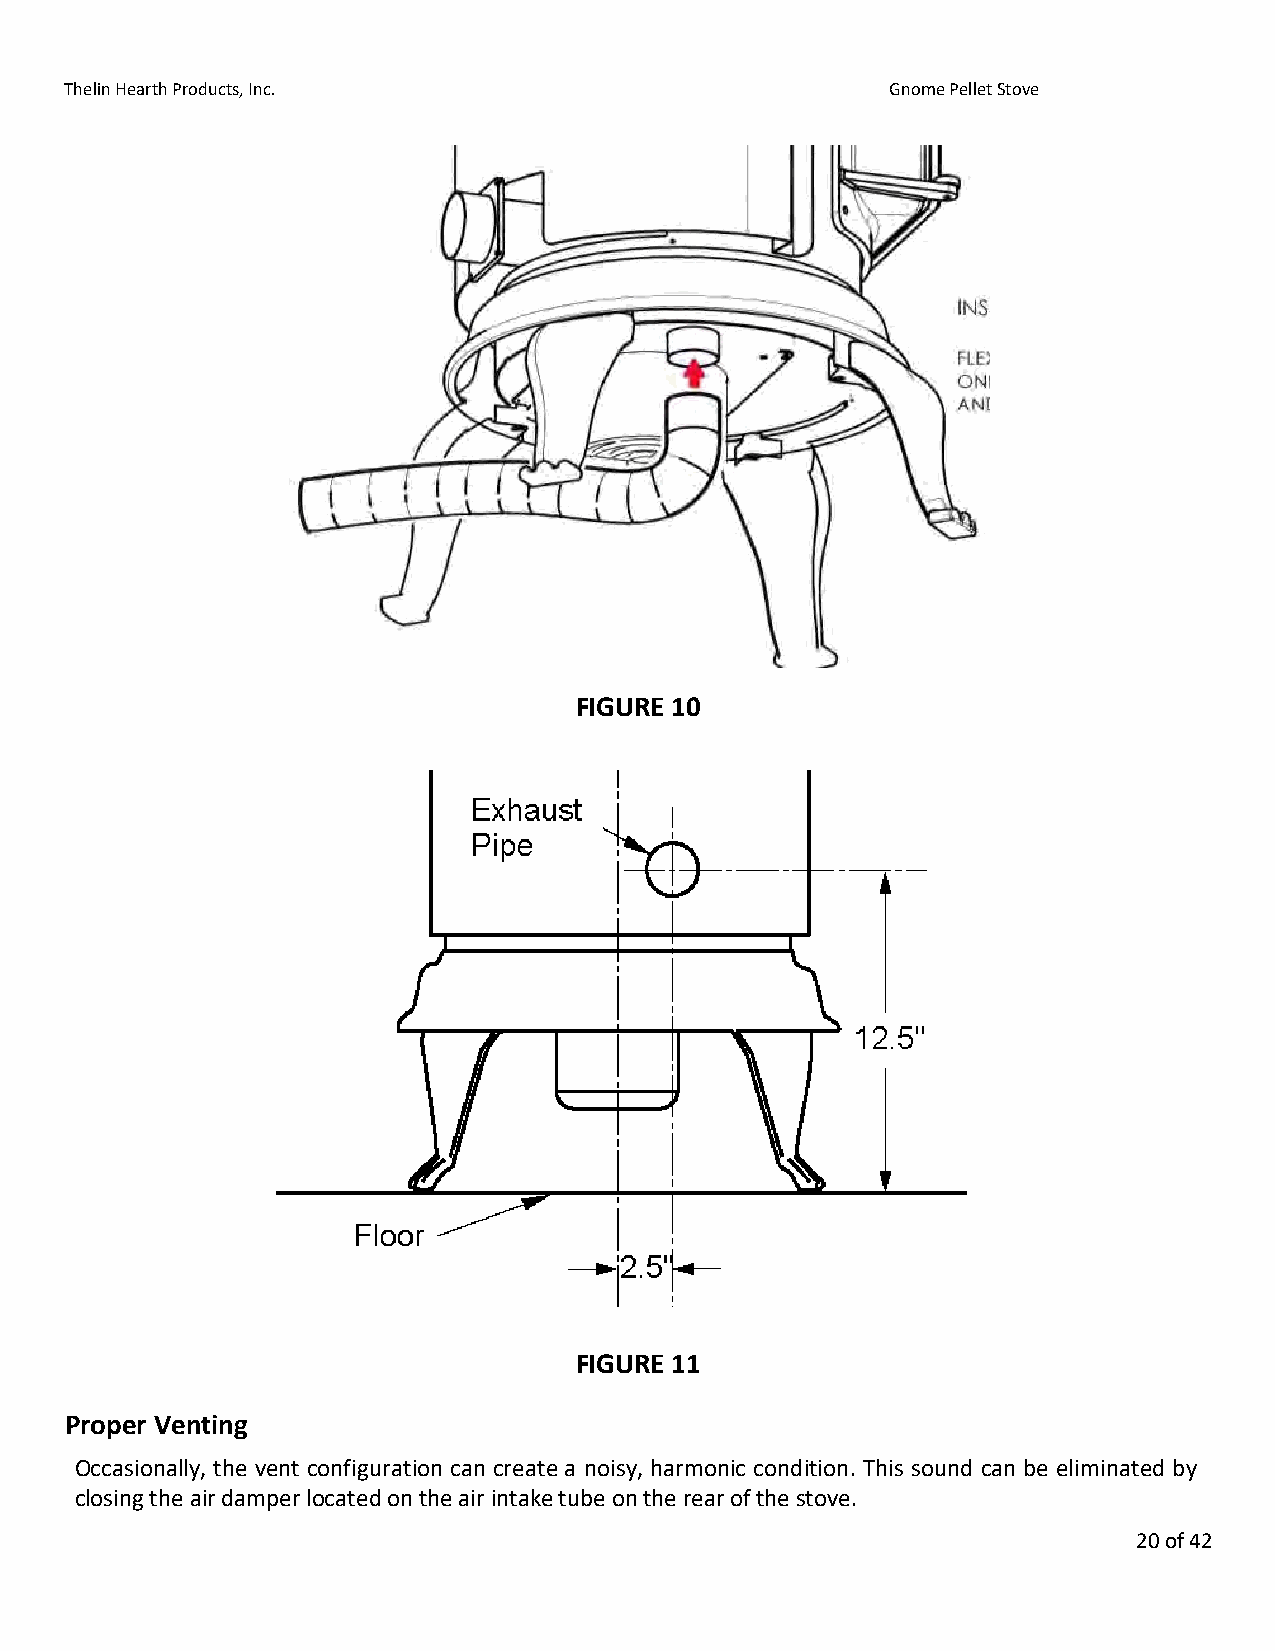
Thelin Hearth Products, Inc.                           Gnome Pellet Stove
 FIGURE 10
 FIGURE 11
 Proper Venting
 Occasionally, the vent configuration can create a noisy, harmonic condition. This sound can be eliminated by
 closing the air damper located on the air intake tube on the rear of the stove.
 20 of 42